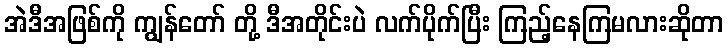
အဲဒီအဖြစ်ကို ကျွန်တော် တို့ ဒီအတိုင်းပဲ လက်ပိုက်ပြီး ကြည့်နေကြမလားဆိုတာ